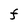
Character: F